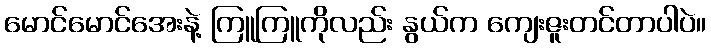
မောင်မောင်အေးနဲ့ ကြူကြူကိုလည်း နွယ်က ကျေးဇူးတင်တာပါပဲ။